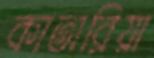
কাতারিয়া